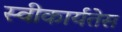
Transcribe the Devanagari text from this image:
स्वीकार्यतेस